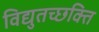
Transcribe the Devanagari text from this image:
विद्युतच्छक्ति